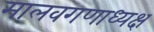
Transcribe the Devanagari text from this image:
मालवगणाध्यक्ष